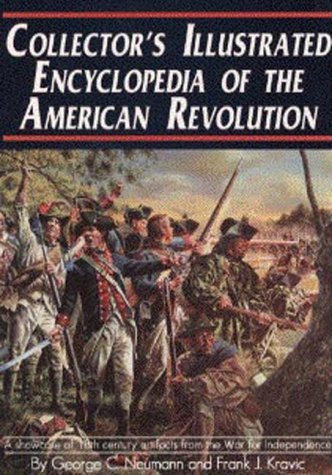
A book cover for Collector's Illustrated Encyclopedia of the American Revolution; George C. Neumann; Reference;